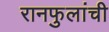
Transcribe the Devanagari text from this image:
रानफुलांची